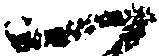
一